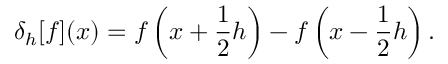
\delta _ { h } [ f ] ( x ) = f \left( x + { \frac { 1 } { 2 } } h \right) - f \left( x - { \frac { 1 } { 2 } } h \right) .